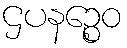
ဌပနဉ္စေဝ